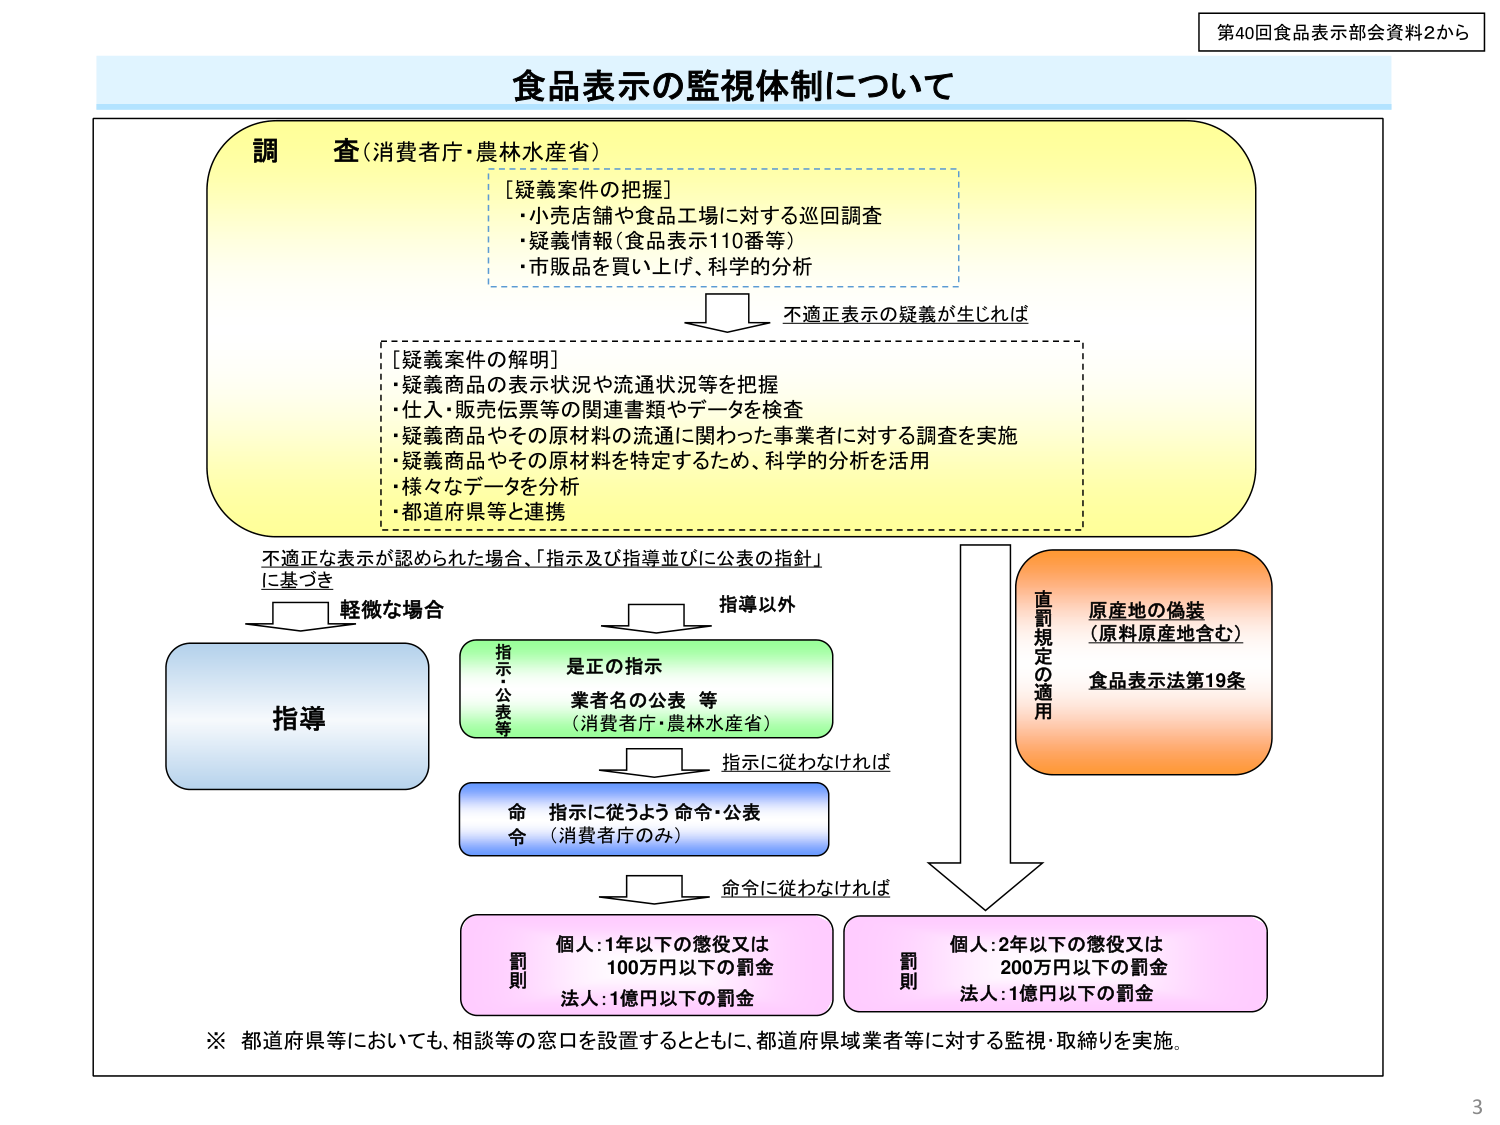
第40回食品表示部会資料2から

食品表示の監視体制について

調 査（消費者庁・農林水産省）
［疑義案件の把握］
・小売店舗や食品工場に対する巡回調査
・疑義情報（食品表示110番等）
・市販品を買い上げ、科学的分析

不適正表示の疑義が生じれば

［疑義案件の解明］
・疑義商品の表示状況や流通状況等を把握
・仕入・販売伝票等の関連書類やデータを検査
・疑義商品やその原材料の流通に関わった事業者に対する調査を実施
・疑義商品やその原材料を特定するため、科学的分析を活用
・様々なデータを分析
・都道府県等と連携

不適正な表示が認められた場合、「指示及び指導並びに公表の指針」
に基づき

軽微な場合
指導

指導以外
指示：公表等
是正の指示
業者名の公表 等
（消費者庁・農林水産省）

指示に従わなければ
命令
指示に従うよう 命令・公表
（消費者庁のみ）

命令に従わなければ
罰則
個人：1年以下の懲役又は
100万円以下の罰金
法人：1億円以下の罰金

直罰規定の適用
原産地の偽装
（原料原産地含む）
食品表示法第19条

罰則
個人：2年以下の懲役又は
200万円以下の罰金
法人：1億円以下の罰金

※ 都道府県等においても、相談等の窓口を設置するとともに、都道府県域業者等に対する監視・取締りを実施。

3